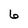
Character: 6